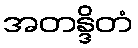
အတန္ဒိတံ